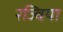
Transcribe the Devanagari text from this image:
रज्विया